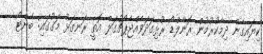
ކިޔައިގެން ދިމާކުރުމުން ރޮނާލްޑޯ ރުޅިގަދަވެއްޖެޕޯޗުގަލް އޮތީ ރަނގަޅު މަގުގައި: ބެންޓޯ